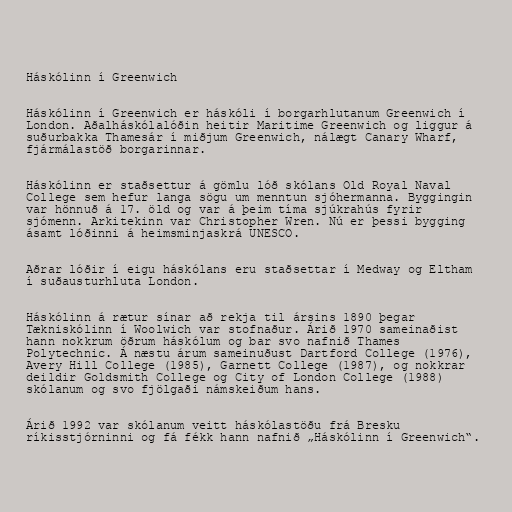
Háskólinn í Greenwich

Háskólinn í Greenwich er háskóli í borgarhlutanum Greenwich í
London. Aðalháskólalóðin heitir Maritime Greenwich og liggur á
suðurbakka Thamesár í miðjum Greenwich, nálægt Canary Wharf,
fjármálastöð borgarinnar.

Háskólinn er staðsettur á gömlu lóð skólans Old Royal Naval
College sem hefur langa sögu um menntun sjóhermanna. Byggingin
var hönnuð á 17. öld og var á þeim tíma sjúkrahús fyrir
sjómenn. Arkitekinn var Christopher Wren. Nú er þessi bygging
ásamt lóðinni á heimsminjaskrá UNESCO.

Aðrar lóðir í eigu háskólans eru staðsettar í Medway og Eltham
í suðausturhluta London.

Háskólinn á rætur sínar að rekja til ársins 1890 þegar
Tækniskólinn í Woolwich var stofnaður. Árið 1970 sameinaðist
hann nokkrum öðrum háskólum og bar svo nafnið Thames
Polytechnic. Á næstu árum sameinuðust Dartford College (1976),
Avery Hill College (1985), Garnett College (1987), og nokkrar
deildir Goldsmith College og City of London College (1988)
skólanum og svo fjölgaði námskeiðum hans.

Árið 1992 var skólanum veitt háskólastöðu frá Bresku
ríkisstjórninni og fá fékk hann nafnið „Háskólinn í Greenwich“.